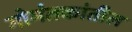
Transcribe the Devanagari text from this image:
गोमंतकांतील